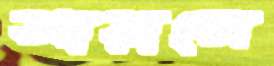
আয়াক্সে